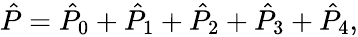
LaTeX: \begin{array}{r}{\hat{P}=\hat{P}_{0}+\hat{P}_{1}+\hat{P}_{2}+\hat{P}_{3}+\hat{P}_{4},}\end{array}